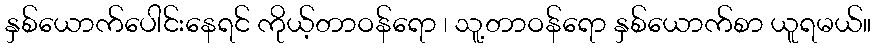
နှစ်ယောက်ပေါင်းနေရင် ကိုယ့်တာဝန်ရော ၊ သူ့တာဝန်ရော နှစ်ယောက်စာ ယူရမယ်။